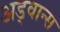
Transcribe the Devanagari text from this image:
अड्वान्स